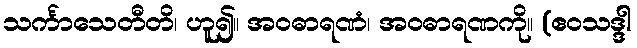
သင်္ကာသေတီတိ၊ ဟူ၍။ အဝဓာရဏံ၊ အဝဓာရဏကို။ (ဧဝသဒ္ဒါ